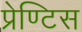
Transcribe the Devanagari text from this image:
प्रेण्टिस